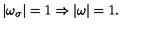
| \omega _ { \sigma } | = 1 \Rightarrow | \omega | = 1 .